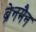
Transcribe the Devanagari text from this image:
ब्रेनमैन